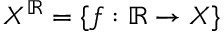
X ^ { \mathbb { R } } = \{ f : \mathbb { R } \to X \}